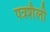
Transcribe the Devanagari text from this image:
पत्रशैली